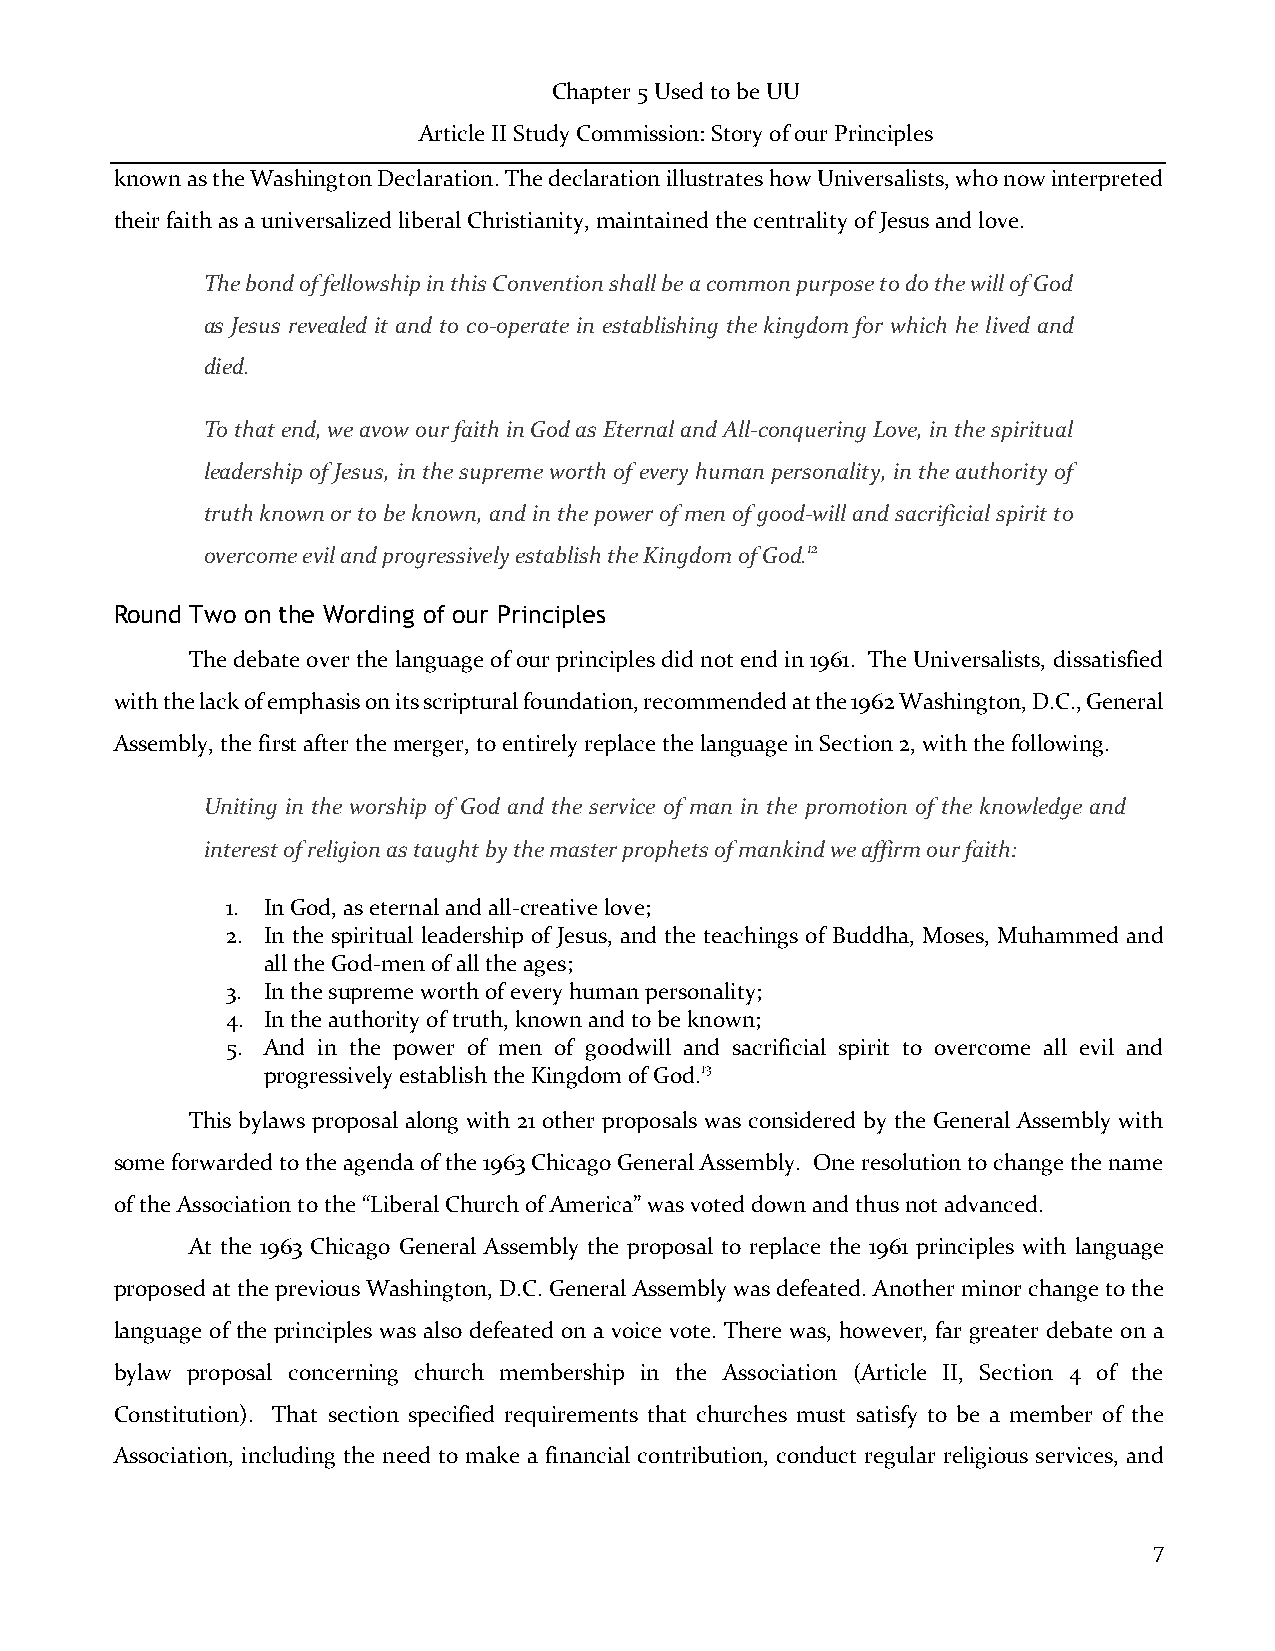
Chapter 5 Used to be UU
 Article II Study Commission: Story of our Principles
 known as the Washington Declaration. The declaration illustrates how Universalists, who now interpreted
 their faith as a universalized liberal Christianity, maintained the centrality of Jesus and love.
 The bond of fellowship in this Convention shall be a common purpose to do the will of God
 as Jesus revealed it and to co-operate in establishing the kingdom for which he lived and
 died.
 To that end, we avow our faith in God as Eternal and All-conquering Love, in the spiritual
 leadership of Jesus, in the supreme worth of every human personality, in the authority of
 truth known or to be known, and in the power of men of good-will and sacrificial spirit to
 overcome evil and progressively establish the Kingdom of God.12
 Round Two on the Wording of our Principles
 The debate over the language of our principles did not end in 1961. The Universalists, dissatisfied
 with the lack of emphasis on its scriptural foundation, recommended at the 1962 Washington, D.C., General
 Assembly, the first after the merger, to entirely replace the language in Section 2, with the following.
 Uniting in the worship of God and the service of man in the promotion of the knowledge and
 interest of religion as taught by the master prophets of mankind we affirm our faith:
 1. In God, as eternal and all-creative love;
 2. In the spiritual leadership of Jesus, and the teachings of Buddha, Moses, Muhammed and
 all the God-men of all the ages;
 3. In the supreme worth of every human personality;
 4. In the authority of truth, known and to be known;
 5. And in the power of men of goodwill and sacrificial spirit to overcome all evil and
 progressively establish the Kingdom of God.13
 This bylaws proposal along with 21 other proposals was considered by the General Assembly with
 some forwarded to the agenda of the 1963 Chicago General Assembly. One resolution to change the name
 of the Association to the “Liberal Church of America” was voted down and thus not advanced.
 At the 1963 Chicago General Assembly the proposal to replace the 1961 principles with language
 proposed at the previous Washington, D.C. General Assembly was defeated. Another minor change to the
 language of the principles was also defeated on a voice vote. There was, however, far greater debate on a
 bylaw proposal concerning church membership in the Association (Article II, Section 4 of the
 Constitution). That section specified requirements that churches must satisfy to be a member of the
 Association, including the need to make a financial contribution, conduct regular religious services, and
 7